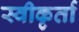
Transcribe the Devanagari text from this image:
स्वीकृर्ता